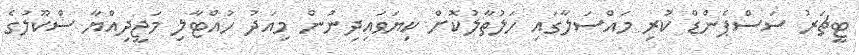
ޓީޗަރު ސަސްޕެންޑް ކުރި މައްސަލާގައި ހަލުތާލުކޮށް ކިޔަވައިދިނުން މިއަދު ހުއްޓާލި މަޖީދިއްޔާ ސްކޫލުގެ